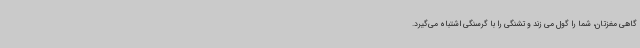
گاهی مغزتان، شما را گول می زند و تشنگی را با گرسنگی اشتباه می‌گیرد.